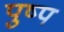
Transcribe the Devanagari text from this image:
पुष्प